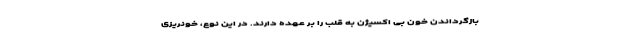
بازگرداندن خون بی اکسیژن به قلب را بر عهده دارند. در این نوع، خونریزی